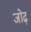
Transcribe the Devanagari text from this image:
जोढ़